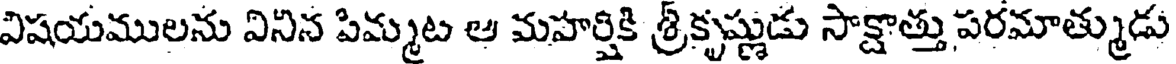
విషయములను వినిన పిమ్మట ఆ మహర్షికి శ్రీకృష్ణుడు సాక్షాత్తు పరమాత్ముడు